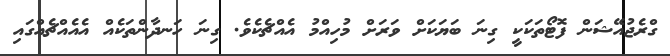
ގްރެޖުއޭޝަން ފޮޓޯތަކަކީ ގިނަ ބަޔަކަށް ވަރަށް މުހިއްމު އެއްޗެކެވެ. ގިނަ ހަނދާންތަކެއް އެއެއްޗެއްގައި